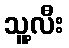
သူ့လီး